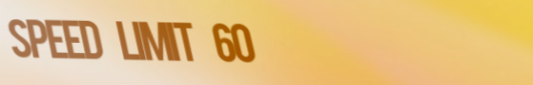
SPEED LIMIT 60